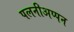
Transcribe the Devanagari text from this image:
पलनीअप्पन